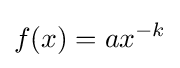
f(x)=ax^{-k}